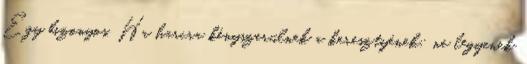
Egy bizonyos. Ha harcra kényszerülnek a keresztyének: ne legyenek